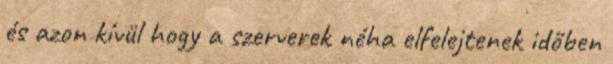
és azon kívül hogy a szerverek néha elfelejtenek időben